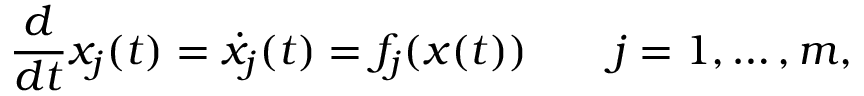
\frac { d } { d t } x _ { j } ( t ) = \dot { x } _ { j } ( t ) = f _ { j } ( x ( t ) ) \qquad j = 1 , \dotsc , m ,